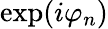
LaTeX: \exp(i\varphi_{n})